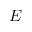
E